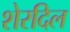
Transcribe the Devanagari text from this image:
शेरदिल